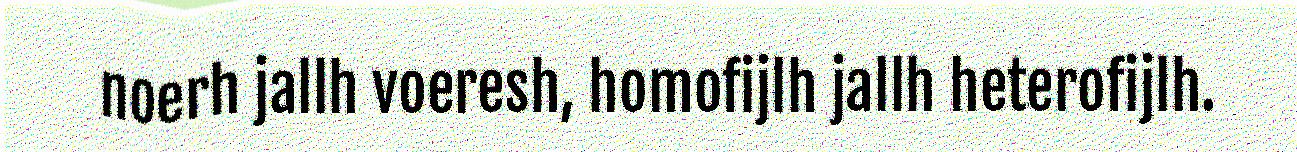
noerh jallh voeresh, homofijlh jallh heterofijlh.